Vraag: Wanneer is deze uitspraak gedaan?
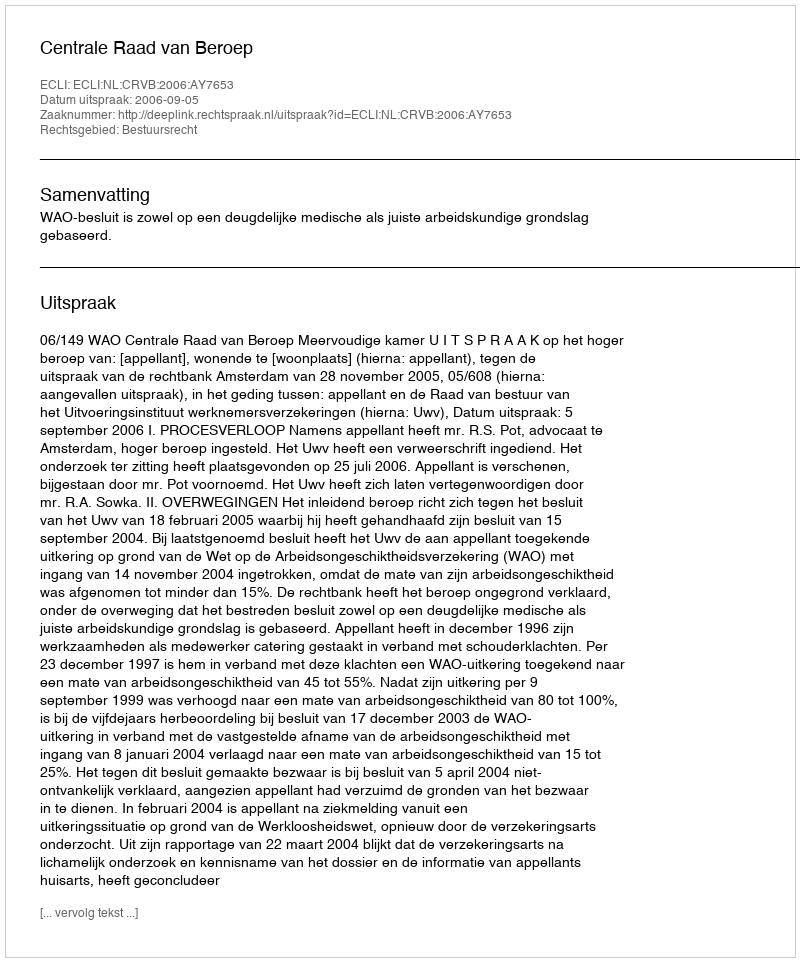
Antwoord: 2006-09-05